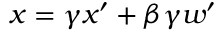
x = \gamma x ^ { \prime } + \beta \gamma w ^ { \prime }